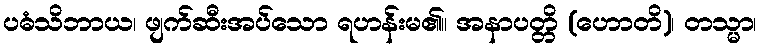
ပဓံသိဘာယ၊ ဖျက်ဆီးအပ်သော ရဟန်းမ၏။ အနာပတ္တိ (ဟောတိ)၊ တသ္မာ၊